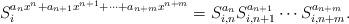
LaTeX: \begin{align*}S^{a_n x^n+a_{n+1}x^{n+1}+\cdots+a_{n+m}x^{n+m}}_i=S^{a_n}_{i,n} S^{a_{n+1}}_{i,n+1} \cdots S^{a_{n+m}}_{i,n+m}.\end{align*}